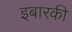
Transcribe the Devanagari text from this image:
इबारकी